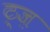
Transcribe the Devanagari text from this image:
ट्ज़